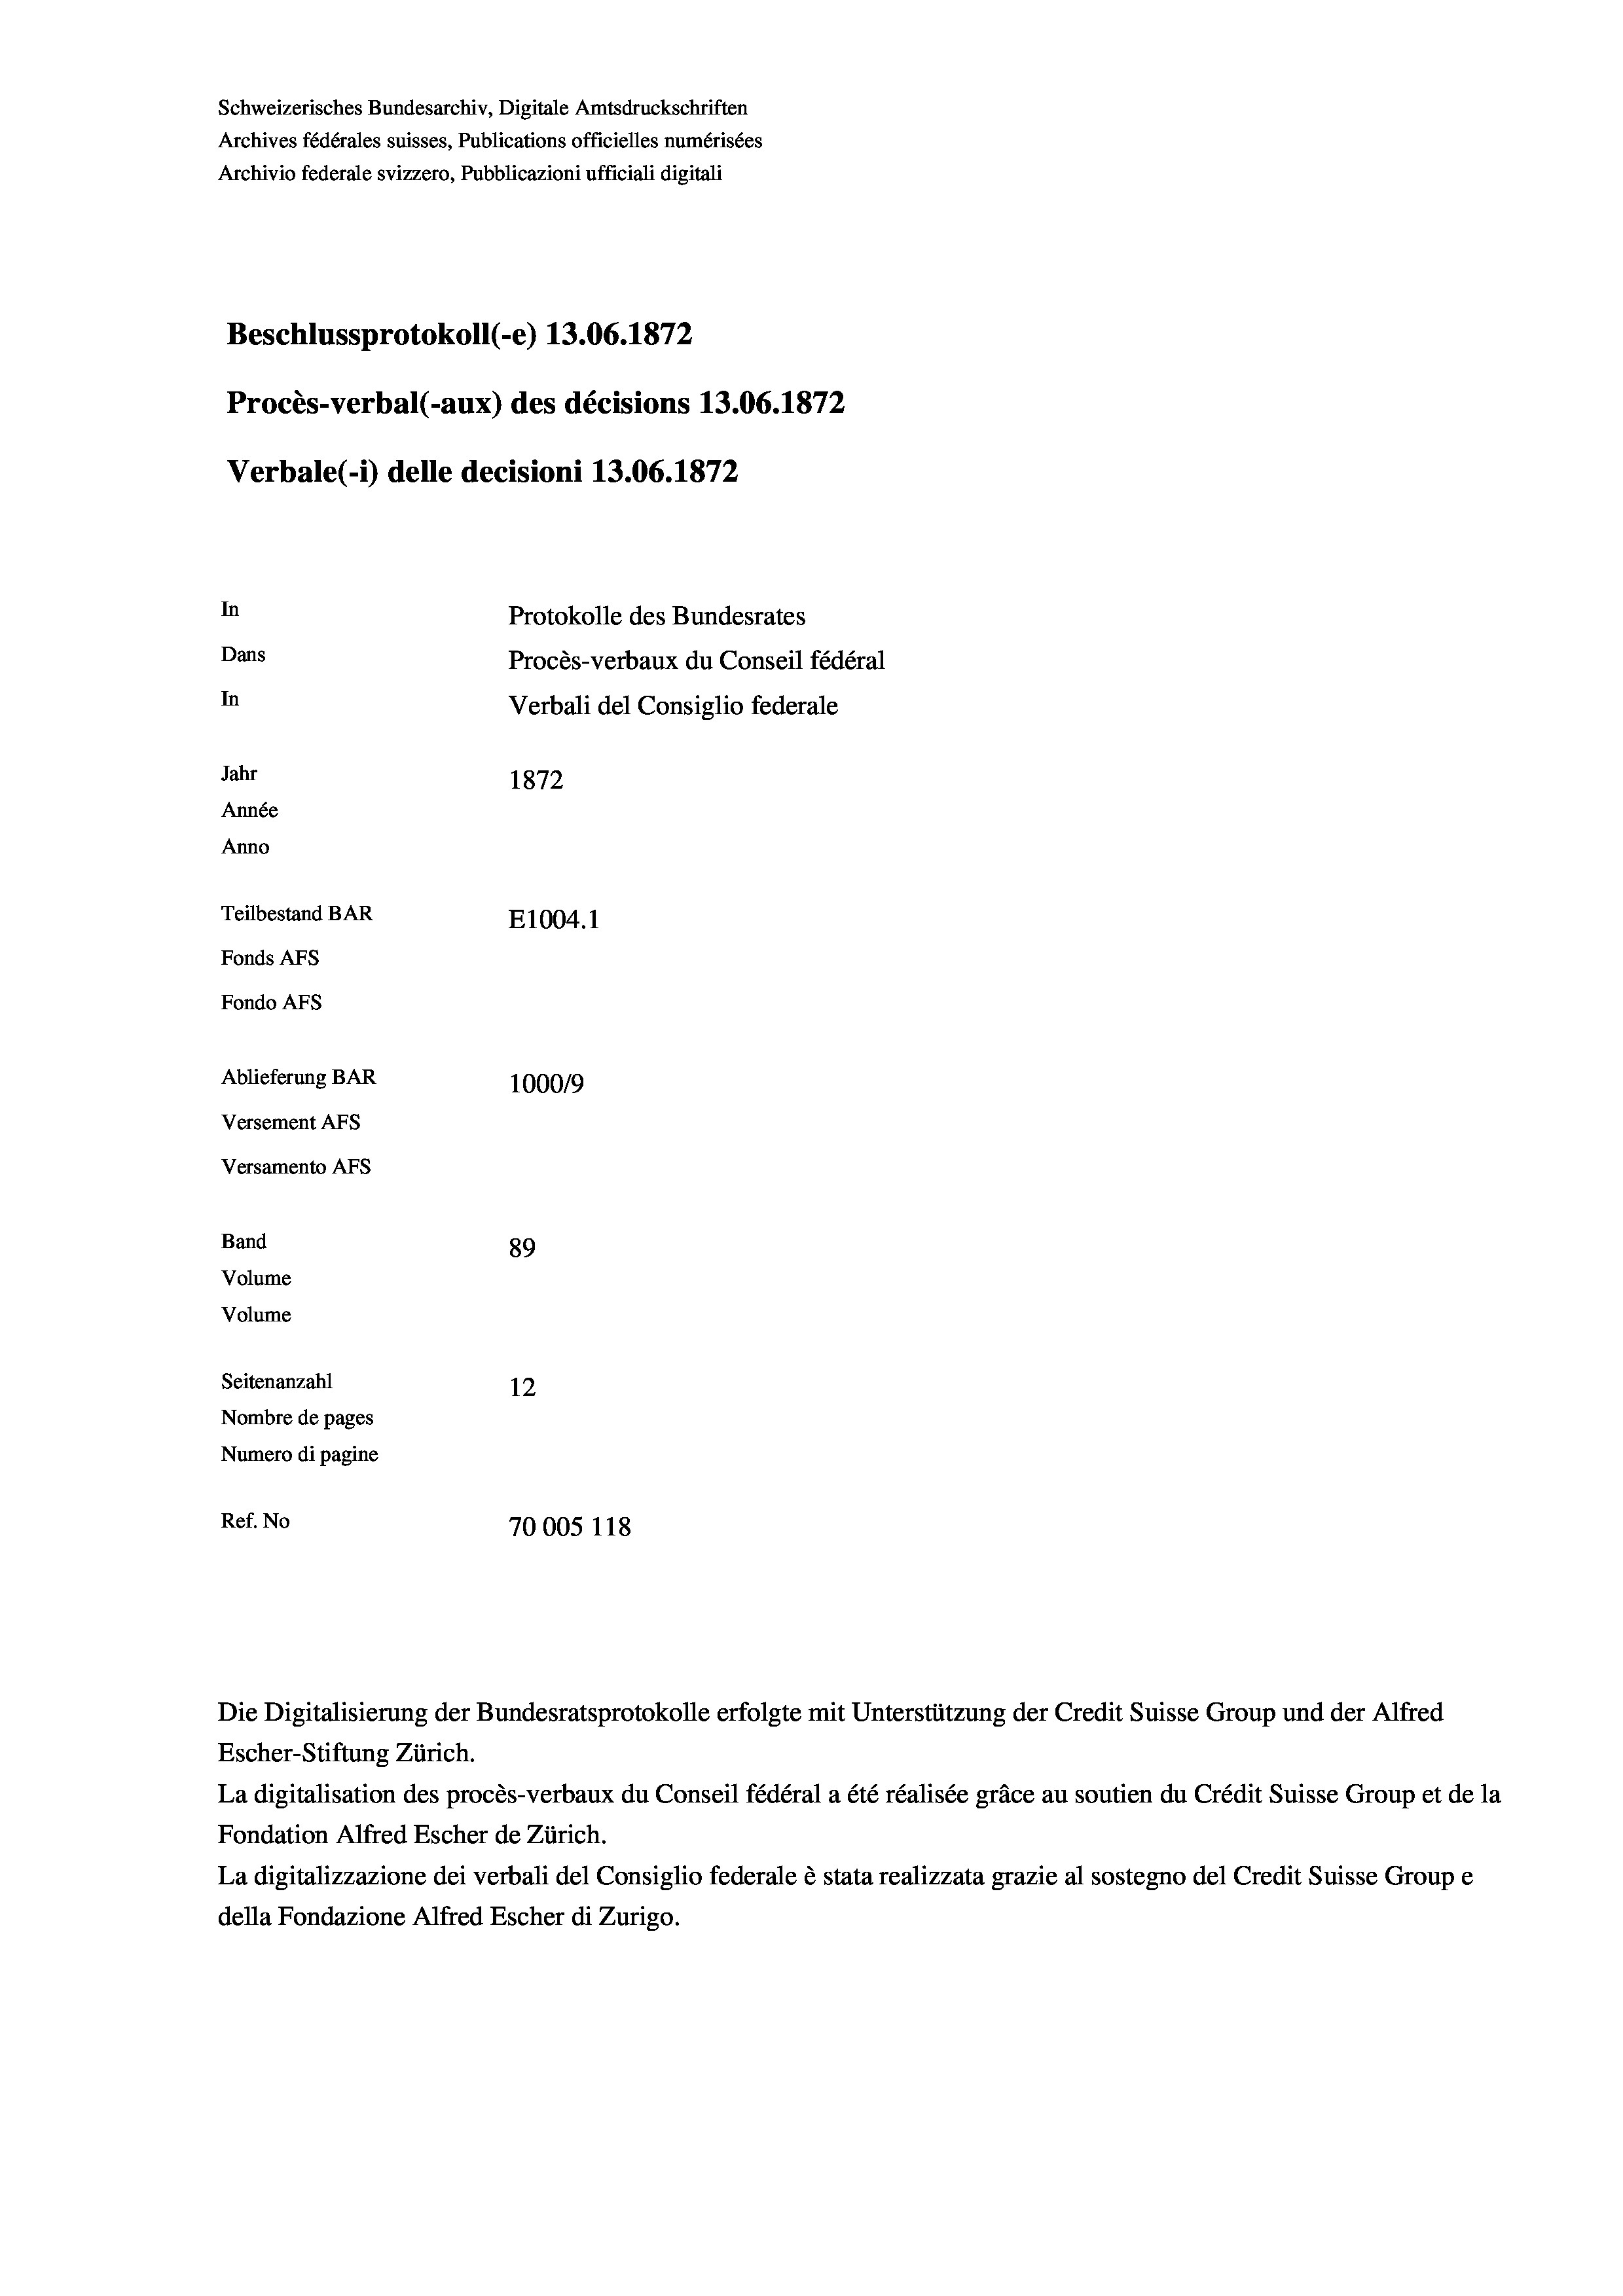
Schweizerisches Bundesarchiv, Digitale Amtsdruckschriften
Archives fédérales suisses, Publications officielles numérisées
Archivio federale svizzero, Pubblicazioni ufficiali digitali
Beschlussprotokoll (-e) 13.06. 1872
Procès-verbal (-aux) des décisions 13.06. 1872
Verbale (- 1) delle decisioni 13.06. 1872
In
Protokolle des Bundesrates
Dans
Procès-verbaux du Conseil fédéral
In
Verbali del Consiglio federale
Jahr
1872
Année
Anno
Teilbestand BAR
E1004.1
Fonds AFs
Fondo AFs

Ablieferung BAR
Versement Abs
Versamento Afs
Band
Volume
Volume

89
Seitenanzahl
12
Nombre de pages
Numero di pagine
Ref. No
70005 118

1000/9

Die Digitalisierung der Bundesratsprotokolle erfolgte mit Unterstützung der Credit Suisse Group und der Alfred
Escher-Stiftung Zürich.
La digitalisation des procès-verbaux du Conseil fédéral a été réalisée gräce au soutien du Crédit Suisse Group et de la
Fondation Alfred Escher de Zürich.
La digitalizzazione dei verbali del Consiglio federale è stata realizzata grazie al sostegno del Credit Suisse Groupe
della Fondazione Alfred Escher di Zurigo.